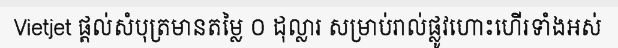
Vietjet ផ្តល់សំបុត្រមានតម្លៃ ០ ដុល្លារ សម្រាប់រាល់ផ្លូវហោះហើរទាំងអស់